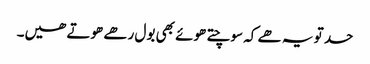
حد تو یہ ھے کہ سوچتے ھوئے بھی بول رھے ھوتے ھیں۔